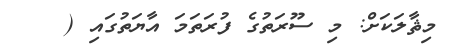
މިޘާލަކަށް: މި ސޫރަތުގެ ފުރަތަމަ އާޔަތުގައި (